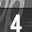
Digit: 4